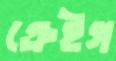
ক্রেইগ